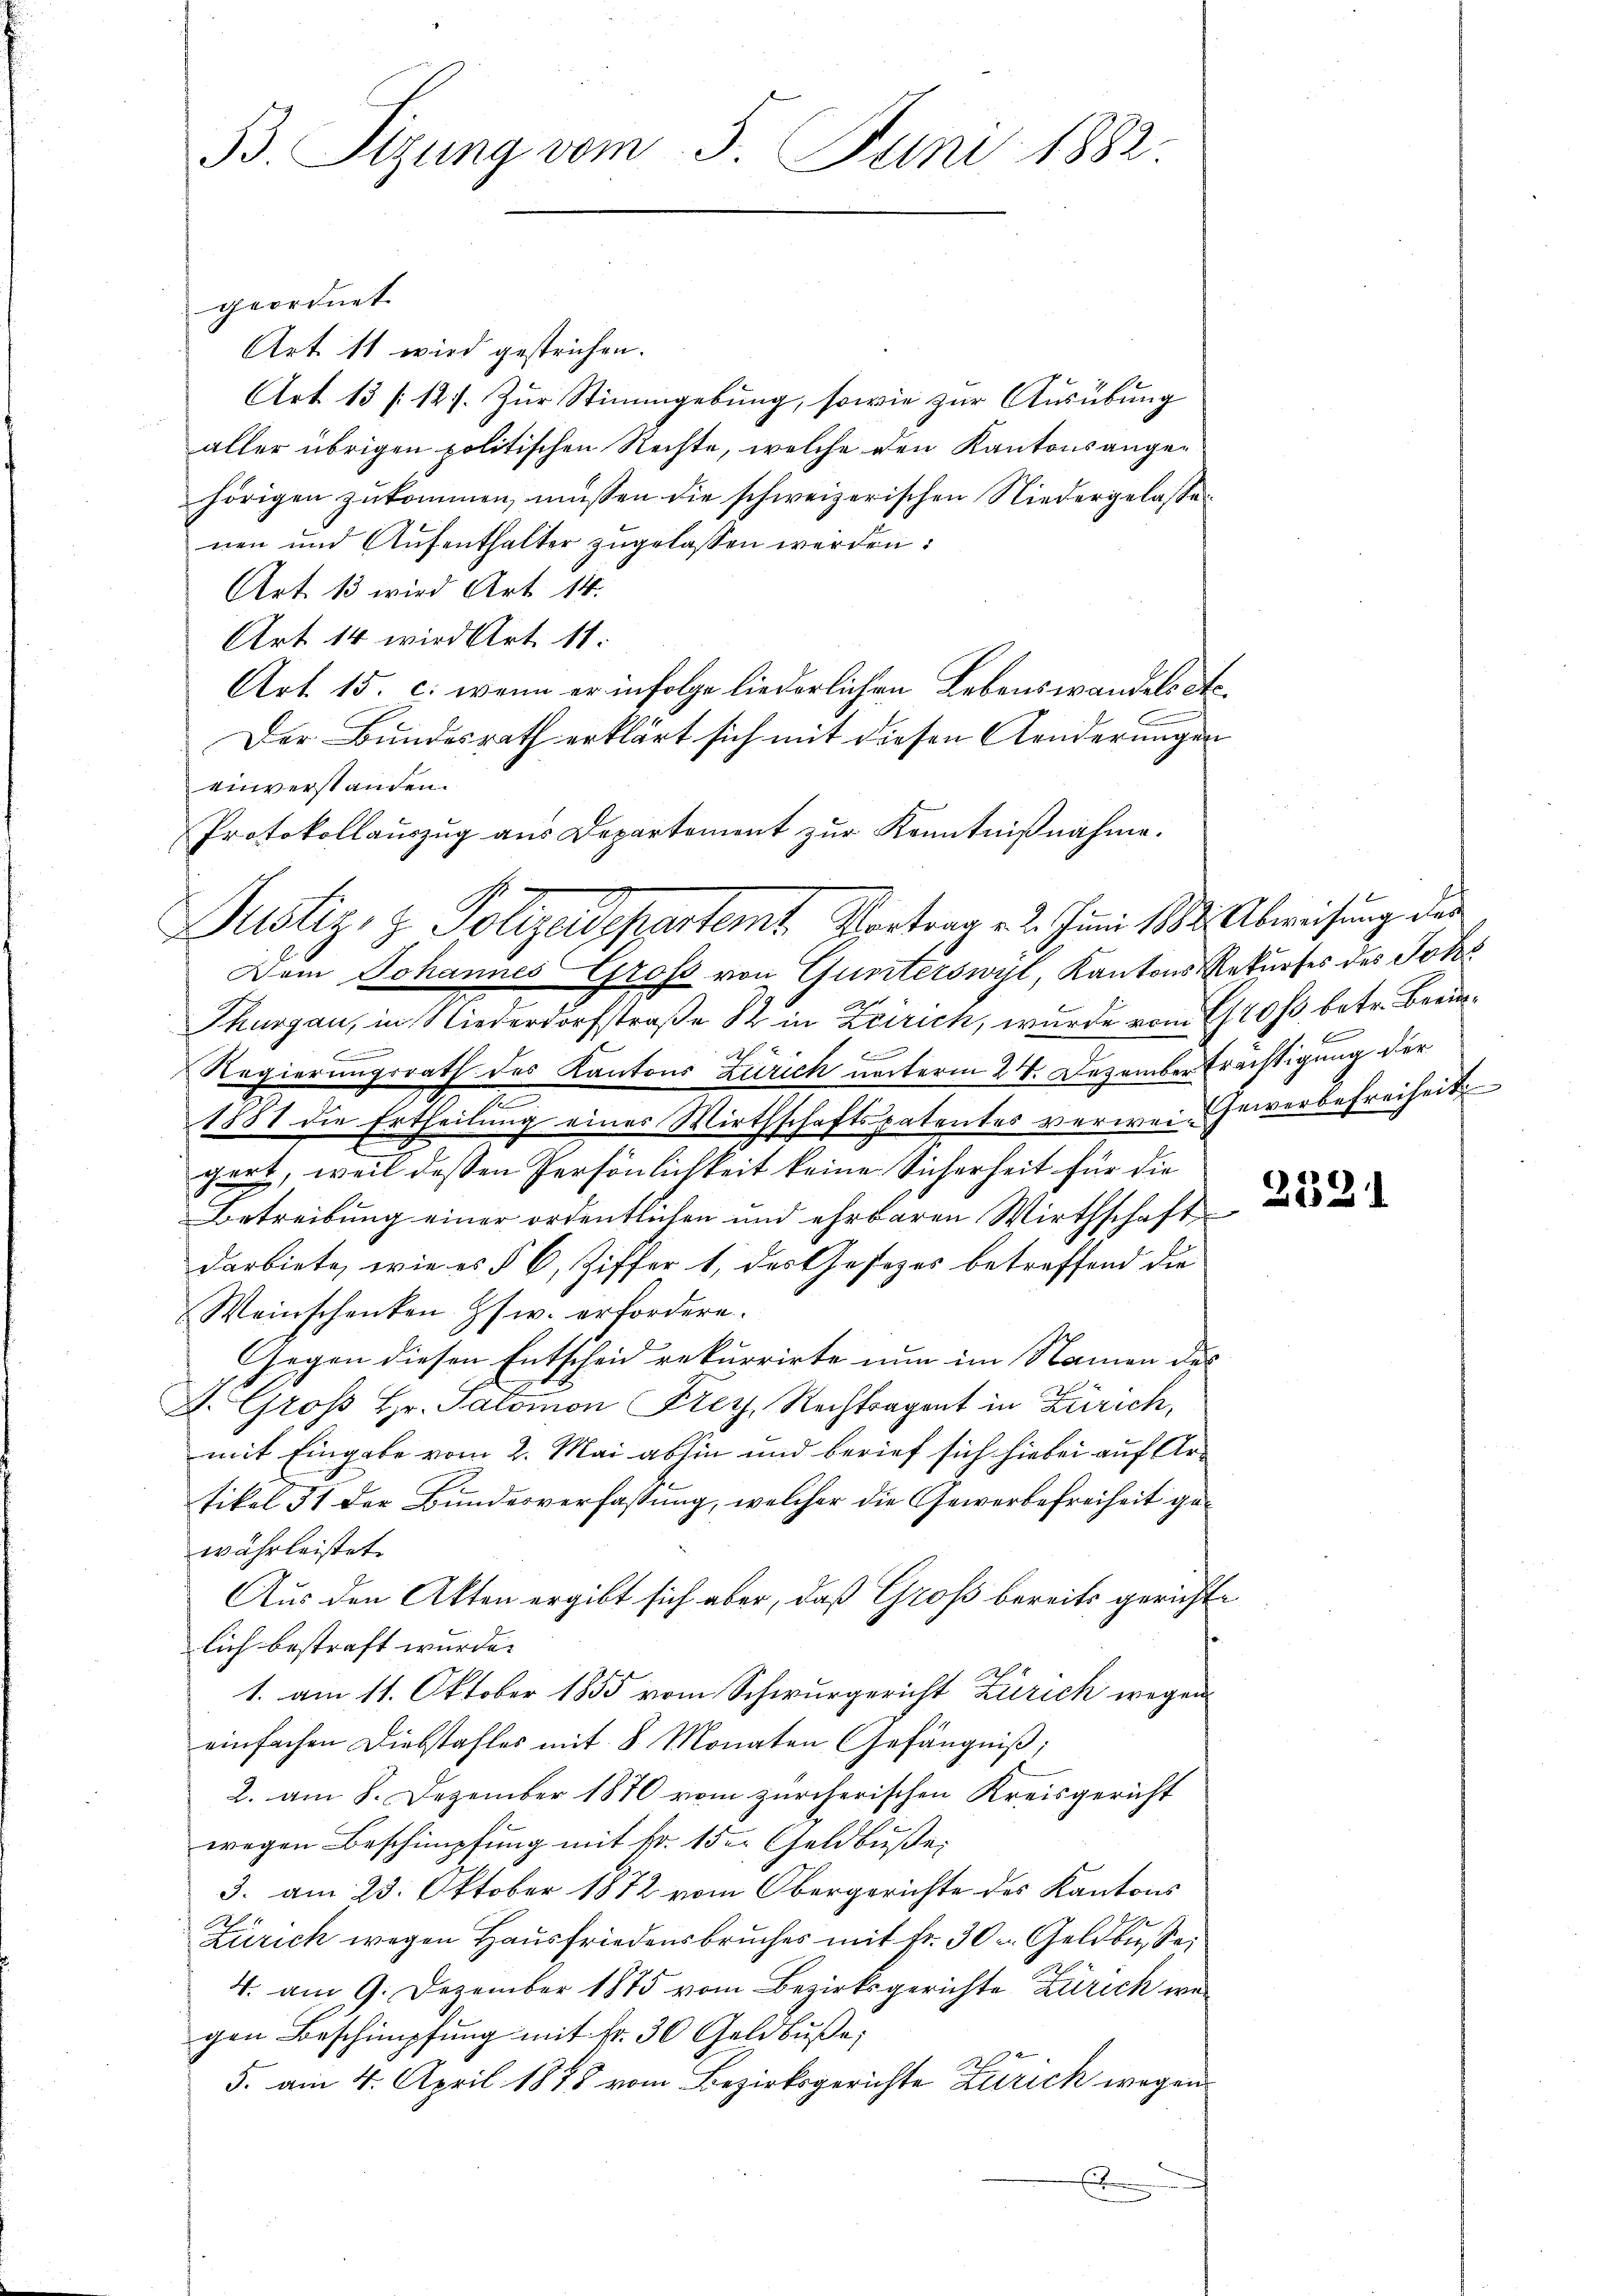
B. Sizung vom 5. Juni 1882

geordnet.
Art. 11 wird gestrichen.
Art. 13 (127. Zŭr Stimmgebung, sowie zur Ausübung
aller übrigen politischen Rechte, welche den Kantonsangehörigen zukommen, müssen die schweizerischen Niedergelasse
nen und Aŭfenthalter zugelassen werden:
Art. 13 wird Art. 14.
Art 14 wird Art. 11.
Art. 15. c. wenn er infolge liederlichen Lebenswandels etc.
.
Der Bundesrath erklärt sich mit diesen Aenderungen
einverstanden.
Protokollauszug aus Departement zur Kenntnißnahme.
Dem Johannes Groß von Gunterswyl, Kantons Rekurses des Johs
Thurgau, in Niederdorfstraße 82 in Zeirich, wurde vom 2120/3 betr. Beein¬

Regierungsrath des Kantons Zürich unterm 24. Dezember Erächtigung der
2
1881 die Ertheilung einer Wirthschaftspatentes verwei-Gewerbefreiheit
gert, weil dessen Persönlichkeit keine Sicherheit für die
Betreibung einer ordentlichen und ehrbaren Wirthschaft
darbiete, wie es § 6, Ziffer 1, des Gesezes betreffend die
Weinschenken s w. erfordere.
Gegen diesen Entscheid rekurrirte nun im Namen des
J. Groß Hr. Salomon Frey, Rechtragent in Zürich,
mit Eingabe vom 2. Mai abhin und berief sich hiebei auf Artikel 31 der Bundesverfassung, welcher die Gewerbefreiheit gewährleistet.
Aus den Akten ergibt sich aber, daß Groß bereits gerichtlich bestraft wurde.
1. am 11. Oktober 1855 vom Schwurgericht Zürich wegen
einfachen Diebstahles mit 8 Monaten Gefängniß;
2. am 8. Dezember 1870 vom zürcherischen Kreisgericht
wegen Beschimpfung mit Fr. 15. Geldbuße,
3. am 23. Oktober 1872 vom Obergerichte des Kantons
Zürich wegen Hausfriedensbruches mit Fr. 30. Geldbusse
4. am 9. Dezember 1875 vom Bezirksgerichte Zürich wergen Beschimpfung mit fr. 30 Geldbuße,
5. am 4. April 1848 vom Bezirksgerichte Zürich wegen

Justiz- & Polizeidepartemt. Vortrag v. 2. Juni 182. Abweisung der

u

2521